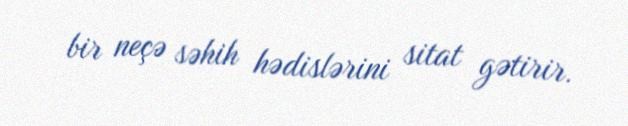
bir neçə səhih hədislərini sitat gətirir.